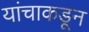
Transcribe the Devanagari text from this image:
यांचाकडून